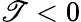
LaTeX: \mathscr{T}<0